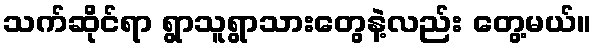
သက်ဆိုင်ရာ ရွာသူရွာသားတွေနဲ့လည်း တွေ့မယ်။